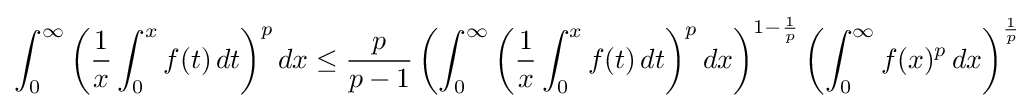
\int _{0}^{\infty }\left({\frac {1}{x}}\int _{0}^{x}f(t)\,dt\right)^{p}dx\leq {\frac {p}{p-1}}\left(\int _{0}^{\infty }\left({\frac {1}{x}}\int _{0}^{x}f(t)\,dt\right)^{p}dx\right)^{1-{\frac {1}{p}}}\left(\int _{0}^{\infty }f(x)^{p}\,dx\right)^{\frac {1}{p}}